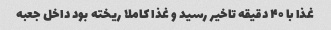
غذا با ۴۰ دقیقه تاخیر رسید و غذا کاملا ریخته بود داخل جعبه